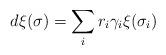
LaTeX: \begin{align*} d\xi(\sigma) = \sum_{i}r_i \gamma_i \xi(\sigma_i) \end{align*}